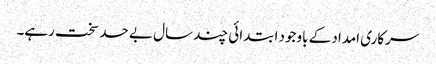
سرکاری امداد کے باوجود ابتدائی چند سال بے حد سخت رہے۔